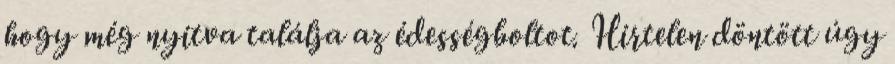
hogy még nyitva találja az édességboltot. Hirtelen döntött úgy